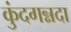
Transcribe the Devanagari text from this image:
कुंदगन्नदा